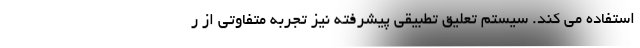
استفاده می کند. سیستم تعلیق تطبیقی پیشرفته نیز تجربه متفاوتی از ر